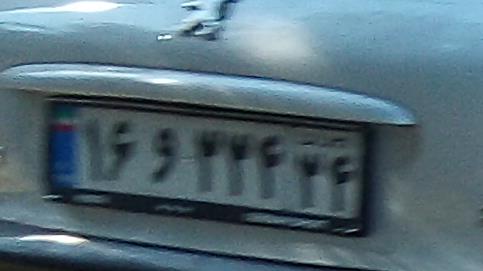
۱۶و۲۲۴۳۴